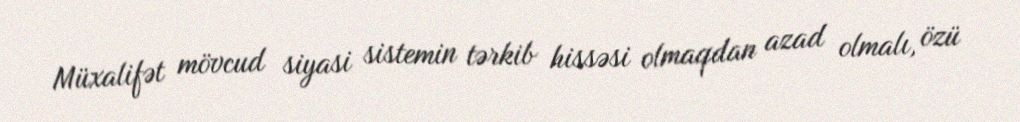
Müxalifət mövcud siyasi sistemin tərkib hissəsi olmaqdan azad olmalı, özü